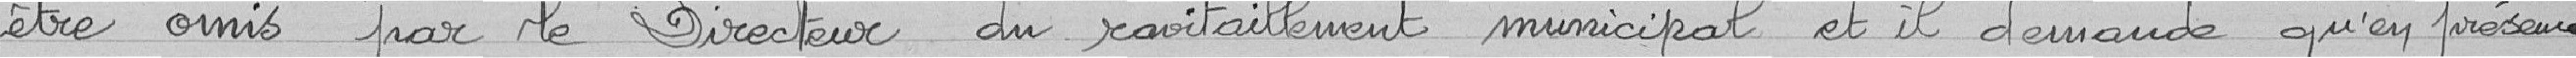
être omis par le directeur du ravitaillement municipal et il demande qu'en présence